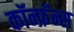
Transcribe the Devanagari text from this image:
कॉन्फ्रॅन्स